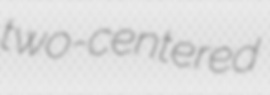
two-centered